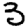
Digit: 3